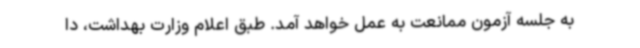
به جلسه آزمون ممانعت به عمل خواهد آمد. طبق اعلام وزارت بهداشت، دا